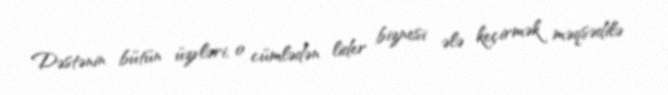
Dəstənin bütün üzvləri, o cümlədən lider biznesi ələ keçirmək məqsədilə